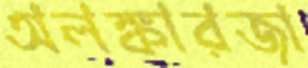
অলঙ্কারজা